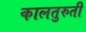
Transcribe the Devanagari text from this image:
कालतुरुती